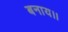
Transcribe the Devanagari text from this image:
बनाय।।